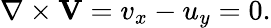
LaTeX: \nabla\times\mathbf{V}=v_{x}-u_{y}=0.